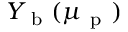
Y _ { \mathrm { ~ b ~ } } ( \mu _ { \mathrm { ~ p ~ } } )